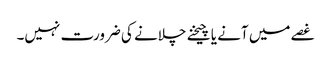
غصے میں آنے یا چیخنے چلانے کی ضرورت نہیں۔